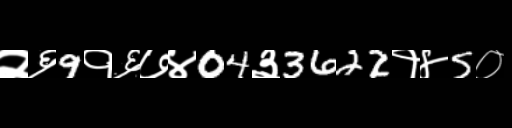
Text: २६9१६७४04३3622१४5०